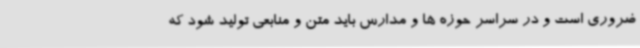
ضروری است و در سراسر حوزه ها و مدارس باید متن و منابعی تولید شود که